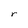
Character: r